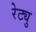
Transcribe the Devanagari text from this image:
रेट्यु